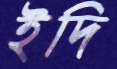
ইদি